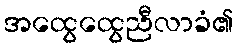
အထွေထွေညီလာခံ၏